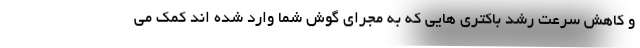
و کاهش سرعت رشد باکتری هایی که به مجرای گوش شما وارد شده اند کمک می